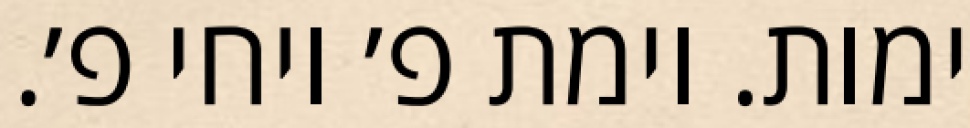
ימות. וימת פ׳ ויחי פ׳.